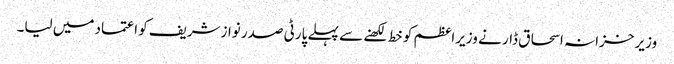
وزیر خزانہ اسحاق ڈار نے وزیراعظم کو خط لکھنے سے پہلے پارٹی صدر نوازشریف کو اعتماد میں لیا۔